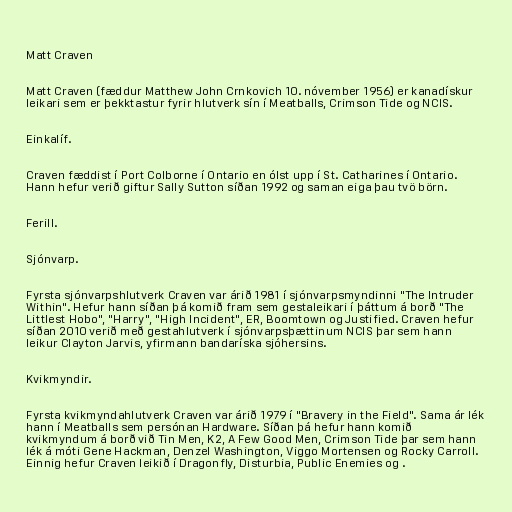
Matt Craven

Matt Craven (fæddur Matthew John Crnkovich 10. nóvember 1956) er kanadískur
leikari sem er þekktastur fyrir hlutverk sín í Meatballs, Crimson Tide og NCIS.

Einkalíf.

Craven fæddist í Port Colborne í Ontario en ólst upp í St. Catharines í Ontario.
Hann hefur verið giftur Sally Sutton síðan 1992 og saman eiga þau tvö börn.

Ferill.

Sjónvarp.

Fyrsta sjónvarpshlutverk Craven var árið 1981 í sjónvarpsmyndinni "The Intruder
Within". Hefur hann síðan þá komið fram sem gestaleikari í þáttum á borð "The
Littlest Hobo", "Harry", "High Incident", ER, Boomtown og Justified. Craven hefur
síðan 2010 verið með gestahlutverk í sjónvarpsþættinum NCIS þar sem hann
leikur Clayton Jarvis, yfirmann bandaríska sjóhersins.

Kvikmyndir.

Fyrsta kvikmyndahlutverk Craven var árið 1979 í "Bravery in the Field". Sama ár lék
hann í Meatballs sem persónan Hardware. Síðan þá hefur hann komið
kvikmyndum á borð við Tin Men, K2, A Few Good Men, Crimson Tide þar sem hann
lék á móti Gene Hackman, Denzel Washington, Viggo Mortensen og Rocky Carroll.
Einnig hefur Craven leikið í Dragonfly, Disturbia, Public Enemies og .